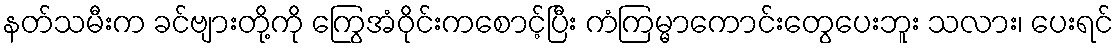
နတ်သမီးက ခင်ဗျားတို့ကို ကြွေအံဝိုင်းကစောင့်ပြီး ကံကြမ္မာကောင်းတွေပေးဘူး သလား၊ ပေးရင်